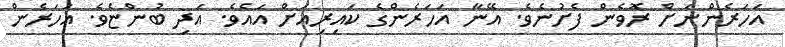
އަހަރެންނަށް ރޮވެން ފެށުނެވެ. އޭނާ އަހަރެންގެ ކައިރިއަށް އައެވެ. އަދި ބުންޏެވެ. އަހަރެން